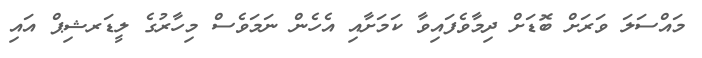
މައްސަލަ ވަރަށް ބޮޑަށް ދިމާވެފައިވާ ކަމަށާއި އެހެން ނަމަވެސް މިހާރުގެ ލީޑަރޝިޕް އައި